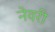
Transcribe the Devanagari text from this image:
नेवरी